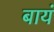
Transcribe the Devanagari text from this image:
बायं